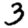
Digit: 3